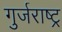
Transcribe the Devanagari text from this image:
गुर्जराष्ट्र